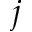
j